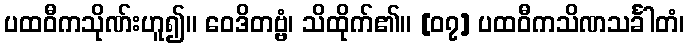
ပထဝီကသိုဏ်းဟူ၍။ ဝေဒိတဗ္ဗံ၊ သိထိုက်၏။ [၀၇] ပထဝီကသိဏသင်္ခါတံ၊